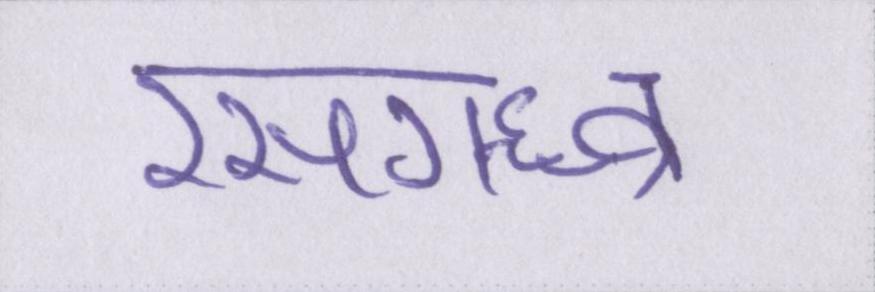
रसगन्ध्र्व